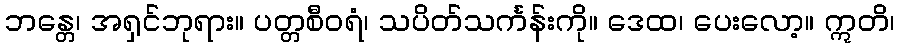
ဘန္တေ၊ အရှင်ဘုရား။ ပတ္တစီဝရံ၊ သပိတ်သင်္ကန်းကို။ ဒေထ၊ ပေးလော့။ ဣတိ၊